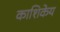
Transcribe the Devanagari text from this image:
काशिकेय